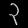
Digit: ၃